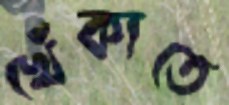
খেঁকাতে